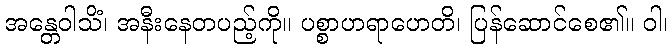
အန္တေဝါသိံ၊ အနီးနေတပည့်ကို။ ပစ္စာဟရာဟေတိ၊ ပြန်ဆောင်စေ၏။ ဝါ၊